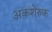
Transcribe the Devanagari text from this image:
अकशेरुक